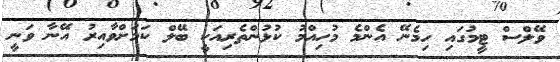
ވޭލްސް ޓީމުގައި ހިމެނޭ އެންމެ މުހިއްމު ކުޅުންތެރިއަކީ ބޭލް ކަމަށްވާއިރު އޭނާ ވަނީ